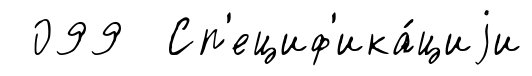
099 Сп'ециф'ика́циjи